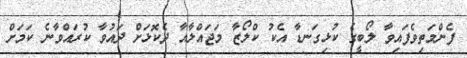
ފެންމަތިވެފައިވާ ލޯބީގެ ކުޅިގަނޑާ އެކު ކްލޯޒާ މަޖައްލާއާ ދެކޮޅަށް ދައުވާ ކުރައްވާނެ ކަމަށް